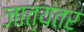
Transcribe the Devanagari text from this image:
जात्यंतर